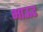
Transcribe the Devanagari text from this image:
भाऊड